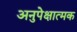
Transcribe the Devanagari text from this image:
अनुपेक्षात्मक